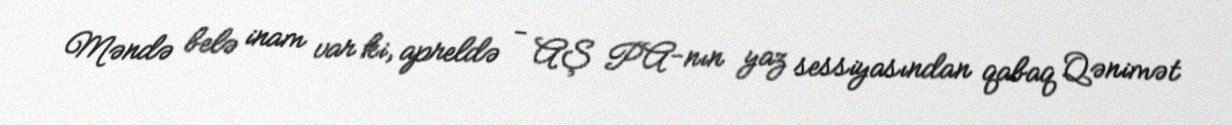
Məndə belə inam var ki, apreldə - AŞ PA-nın yaz sessiyasından qabaq Qənimət